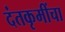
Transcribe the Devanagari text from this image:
दंतकृमींचा